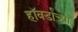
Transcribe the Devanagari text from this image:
हॉवर्डांच्या